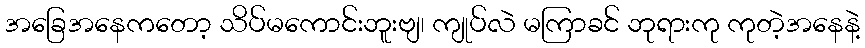
အခြေအနေကတော့ သိပ်မကောင်းဘူးဗျ၊ ကျုပ်လဲ မကြာခင် ဘုရားကု ကုတဲ့အနေနဲ့